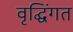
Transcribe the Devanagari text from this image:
वृद्घिंगत